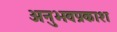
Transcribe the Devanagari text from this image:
अनुभवप्रकाश